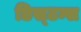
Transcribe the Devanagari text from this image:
डिस्‍टन्स